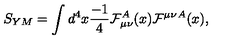
S _ { Y M } = \int d ^ { 4 } x { \frac { - 1 } { 4 } } { \cal F } _ { \mu \nu } ^ { A } ( x ) { \cal F } ^ { \mu \nu } { } ^ { A } ( x ) ,